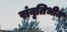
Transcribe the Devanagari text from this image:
संवृतिभीत